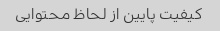
کیفیت پایین از لحاظ محتوایی